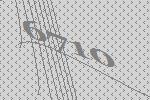
6710